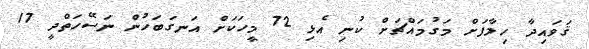
ޤަވައިދާ ހިލާފަށް މަގުމައްޗަށް ކުނި އެޅި 72 މީހަކަށް އަނގަބަހުން ނަސޭހަތްދީ 17